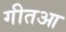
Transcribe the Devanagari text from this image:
गीतआ